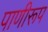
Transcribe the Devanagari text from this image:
पाणीरूप